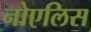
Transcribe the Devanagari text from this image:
नोएलिस